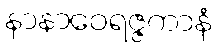
နာနာဝေရဇ္ဇကာနံ